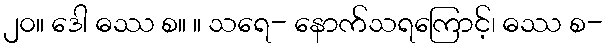
၂၀။ ဒေါ ဓဿ စ။ ။ သရေ- နောက်သရကြောင့်၊ ဓဿ စ-